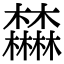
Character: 𣡕